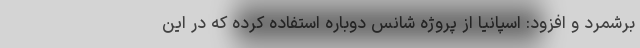
برشمرد و افزود: اسپانیا از پروژه شانس دوباره استفاده کرده که در این